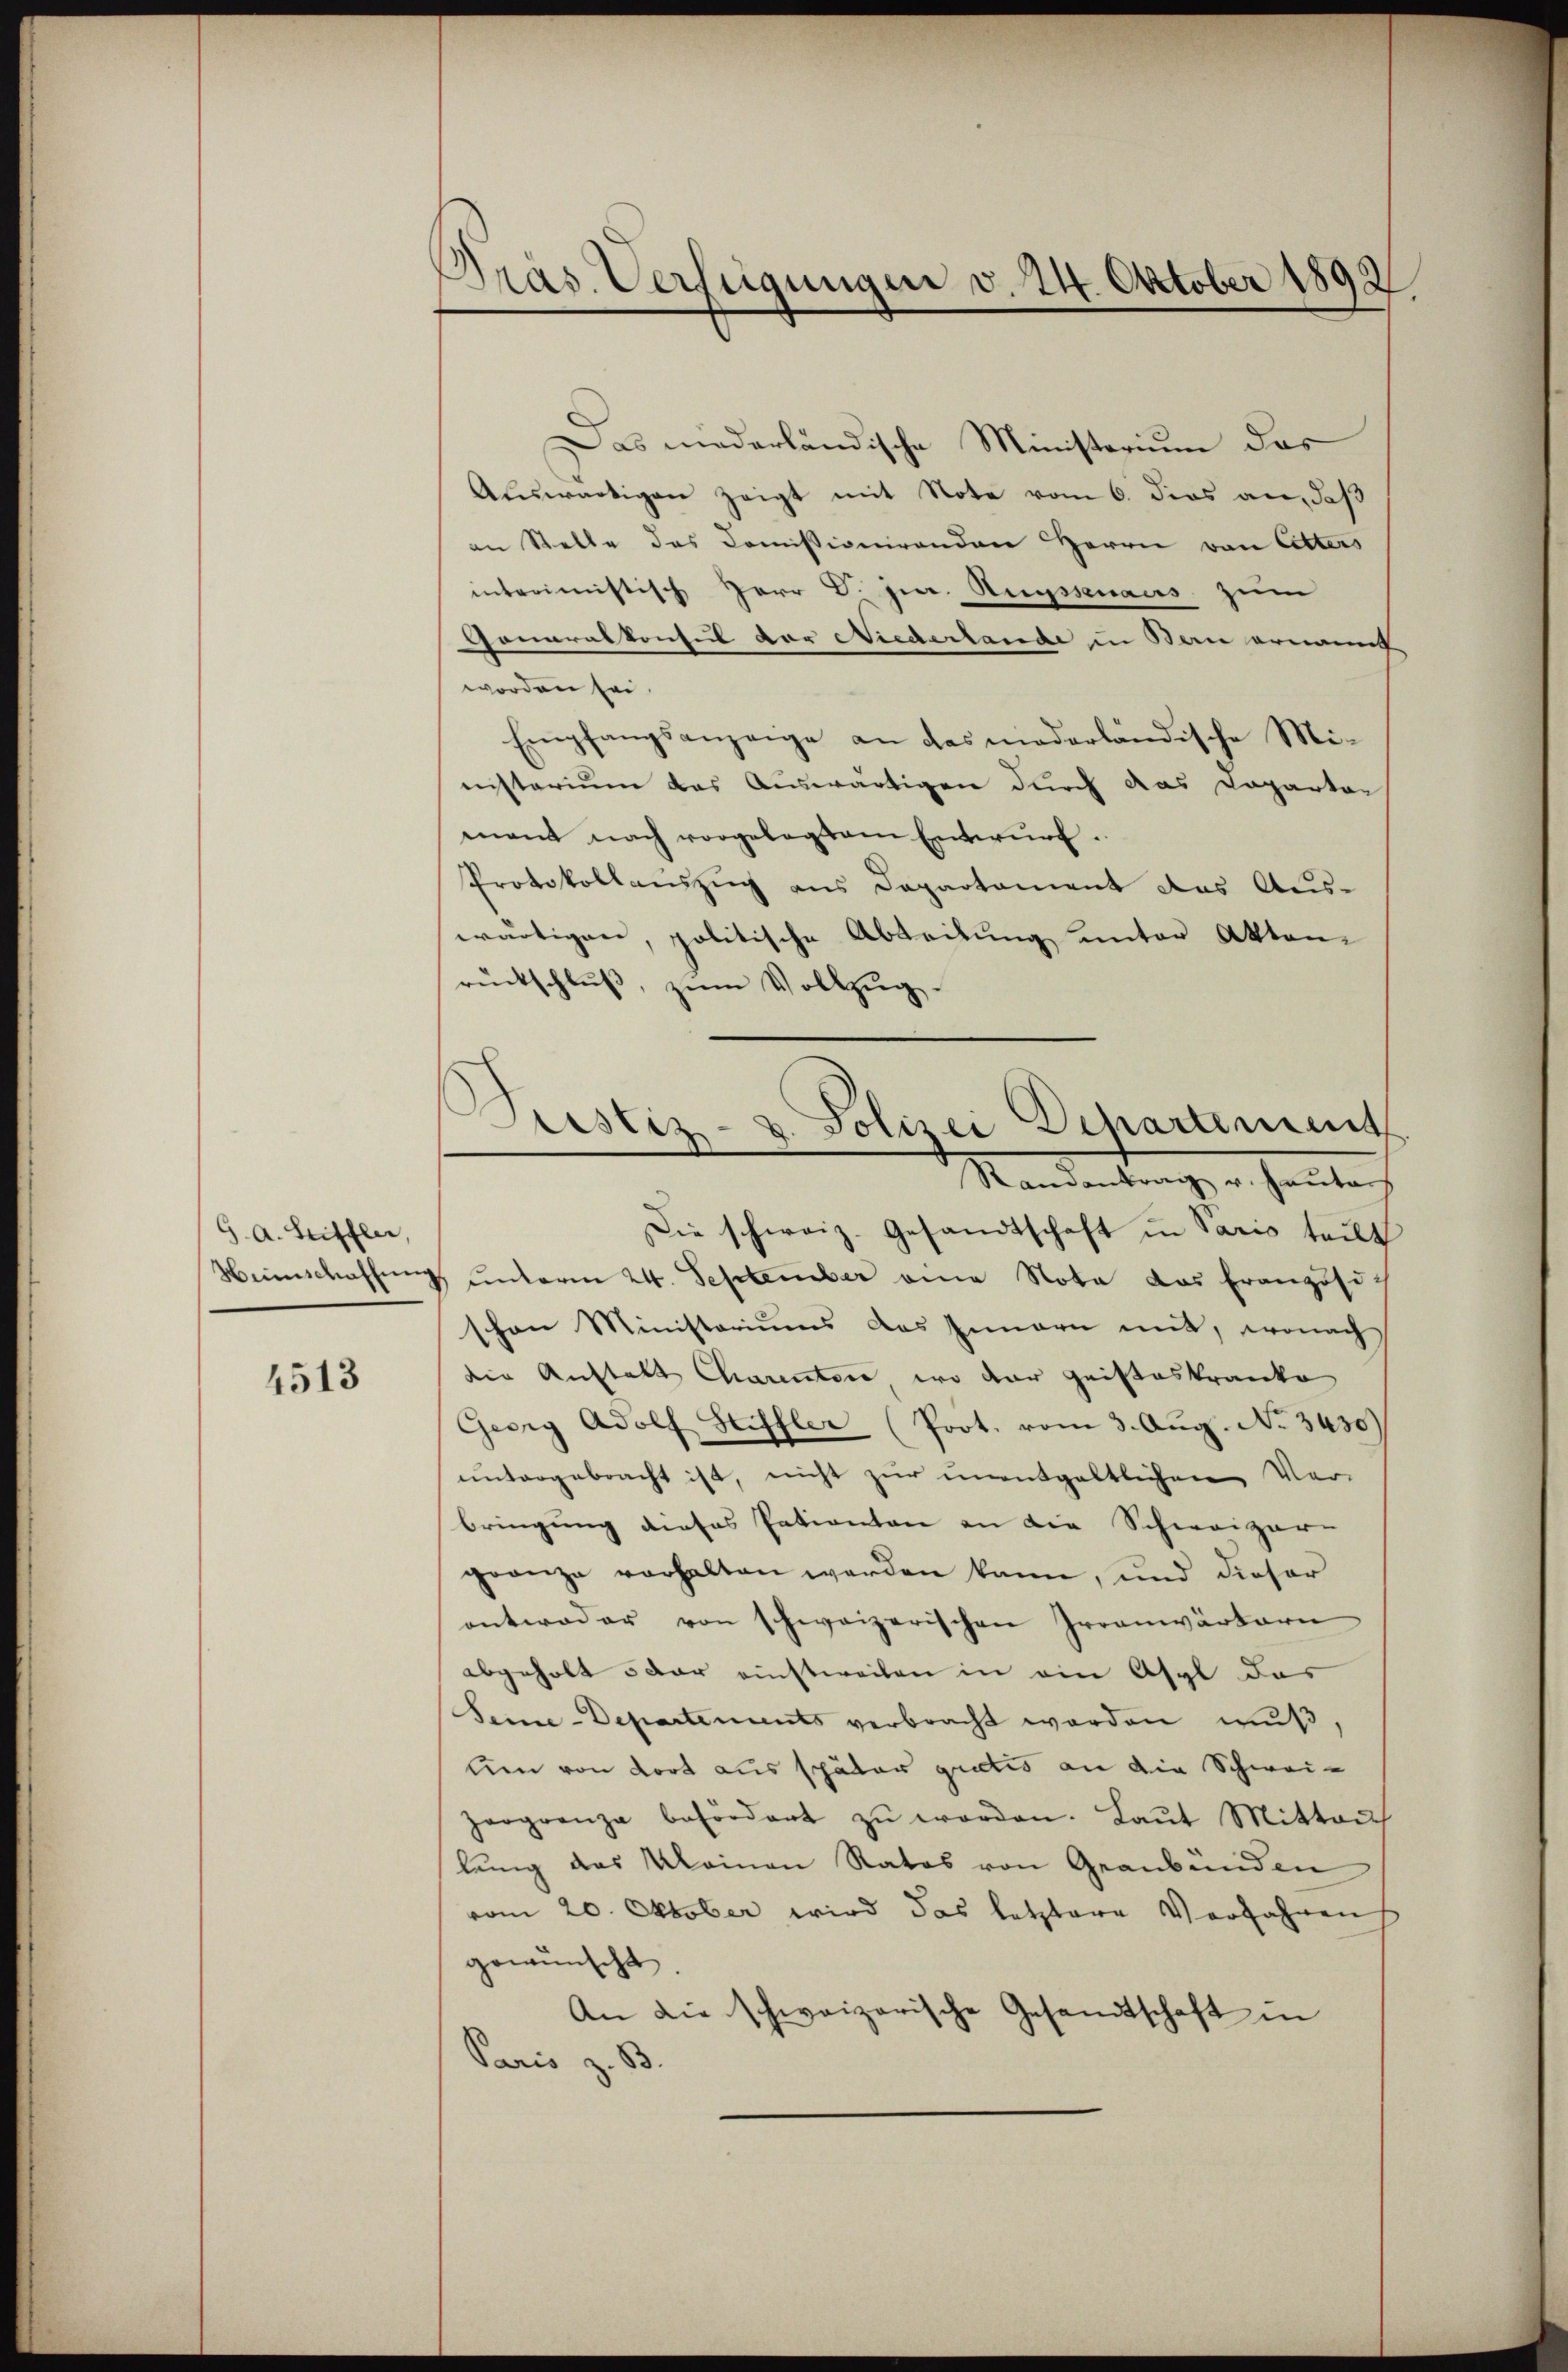
9. a. Seiffler,
Humschaffen

4513

Pras Verfügungen v. 24. Oktober 1892

Das niederländische Ministerium das
Auswärtigen zeigt mit Note vom 6. dies an, daß
an Stelle des Comissionirenden Herrn von Litters
interimistisch Herr V. J. Russenaus zum
Goneralkonsul vor Niederlande in Serie ernannt
worden sei
Empfangsanzeige an das moderländische Mi-
nisterium das Auswärtigen durch das Dapartar
mant nach vorgelegtem Entwŭrf.
Protokollauszug aus Departament das Aus-
wärtigen, politische Abteilung unter Aktenrückschlŭβ, zŭm Vollzŭg.
Die schweiz. Gesandtschaft in Paris teilt
 ŭnterm 24. September eine Nota das Eranzösi-
schon Ministoriums das Innern mit, wonach
die Anstalt Charenten, wo der Geisteskranke
Gesry Adolf Seiffler (Prot. vom 3. Aug. No. 3430)
ŭntergebracht ist, nicht zŭr ŭnentgeltlichen Ver-
bringung dieses Patienten an die Schweizer-
granze verhalten werden kann, und dieser
antwoder von schweizerischen Irranwärtern
abgeholt 5 der einstweilen in ein Asyl das
Seine-Departenants verbracht worden muß,
um von dort aus später gratis an die Schweizergrenza befördert zŭ worden. Laŭt Mitten
lung des Meinen Ratos von Graubünden
vom 20. Oktober wird das letztere Verfahren
gewünscht.
An die schweizerische Gesandtschaft in
Paris z. S.

Justiz- & Polizei Departement
Randantrag u. hanters